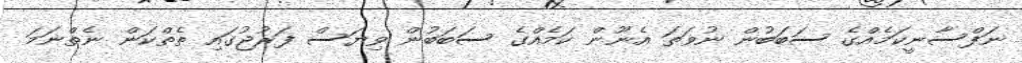
ނަފްސާނީކަމެއްގެ ސަބަބުން ނުވަތަ އެނޫން ކަމެއްގެ ސަބަބުން ވިޔަސް ފަރުޖުގައި ތެތްކަން ނެތްނަމަ